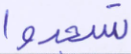
تسجدوا